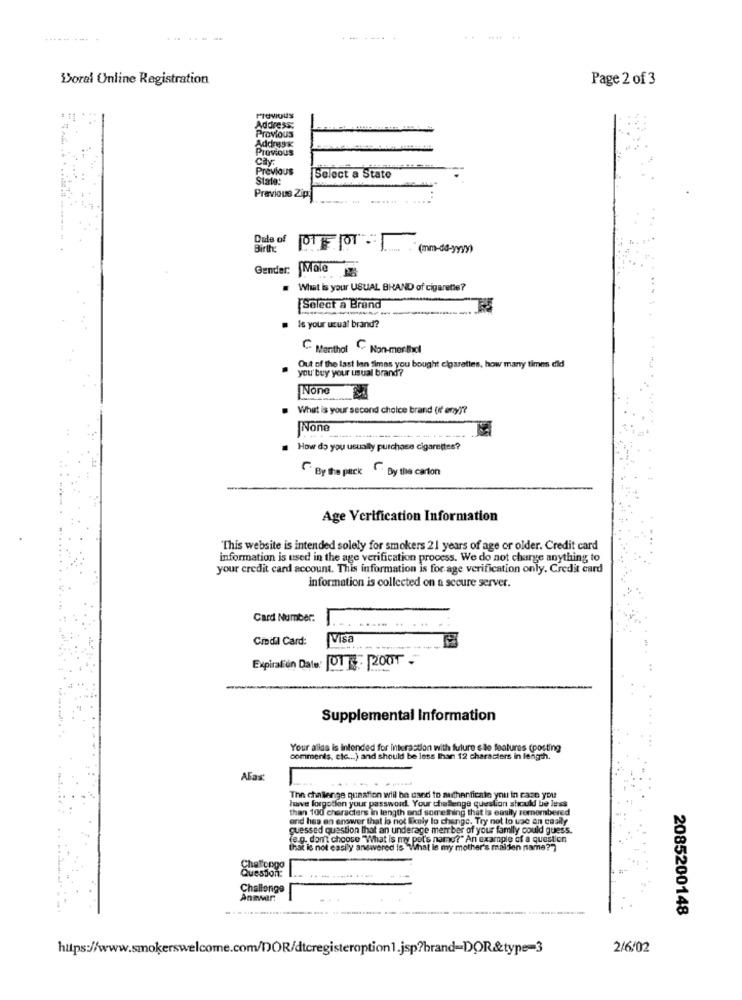
-- ---
Doral Online Registration
Page 2 of 3
Previous
Address:
Provious
Address
Previous
Caly:
Previous
Stata:
Select a State
Previous Zip:
Dale of
Birth
(mm-dd-yyyy)
Gender:
Male 8
What is your USUAL BRAND of cigarette?
Select a Brand
Is your usual brand?
C Menthol Non-merthol
Out of the last lan fimas you bought cigarettes, how many times did
you' buy your usual brand?
. What is your second choice brand (if any)?
. How do you usually purchase cigarettes?
By the pack ""Dy the carton
Age Verification Information
"This website is intended solely for smokers 21 years of age or older. Credit card
information is used in the age verification process. We do not charge anything to
your credit card account. This information is for age verification only. Credit card
information is collected on a secure server.
Card Number:
Cidil Card:
Visa
Expiral'un Dat 01 . 2001 -
Supplemental Information
Your alles is Intended for interaction with future ele features (posting
comments, cic ... ) and should be less Than 12 characters in length.
AFax:
The challenge question will be used to suchenficale you in case you
have forgotten your password. Your challenge question should be less
than 100 characters in length and something that is easily remembered
and has en answer that la not likely lo change. Try not to use an ceally
guessed question that an underage member of your family could guess.
fe.g. don't choose "What is my pet's name?" An example of a question
that is not easily answered is "What le my mother's maiden name ??
Chatopgo
Challenge
Answer:
2085200148
2/6/02